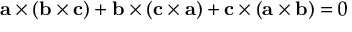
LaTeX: \mathbf { a } \times ( \mathbf { b } \times \mathbf { c } ) + \mathbf { b } \times ( \mathbf { c } \times \mathbf { a } ) + \mathbf { c } \times ( \mathbf { a } \times \mathbf { b } ) = 0